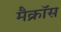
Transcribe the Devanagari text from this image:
मैक्रॉस